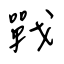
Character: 戰